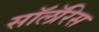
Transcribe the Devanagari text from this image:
सॉलॅरिस